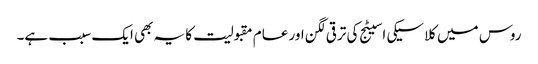
روس میں کلاسیکی اسیٹج کی ترقی لگن اور عام مقبولیت کا یہ بھی ایک سبب ہے۔